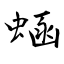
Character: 蜬